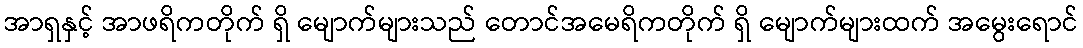
အာရှနှင့် အာဖရိကတိုက် ရှိ မျောက်များသည် တောင်အမေရိကတိုက် ရှိ မျောက်များထက် အမွေးရောင်